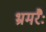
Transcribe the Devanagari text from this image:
भ्रमरैः